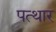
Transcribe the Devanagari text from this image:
पत्थार